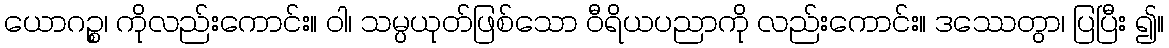
ယောဂဉ္စ၊ ကိုလည်းကောင်း။ ဝါ၊ သမ္ပယုတ်ဖြစ်သော ဝီရိယပညာကို လည်းကောင်း။ ဒဿေတွာ၊ ပြပြီး ၍။